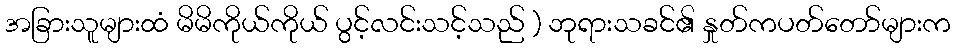
အခြားသူများထံ မိမိကိုယ်ကိုယ် ပွင့်လင်းသင့်သည် ) ဘုရားသခင်၏ နှုတ်ကပတ်တော်များက